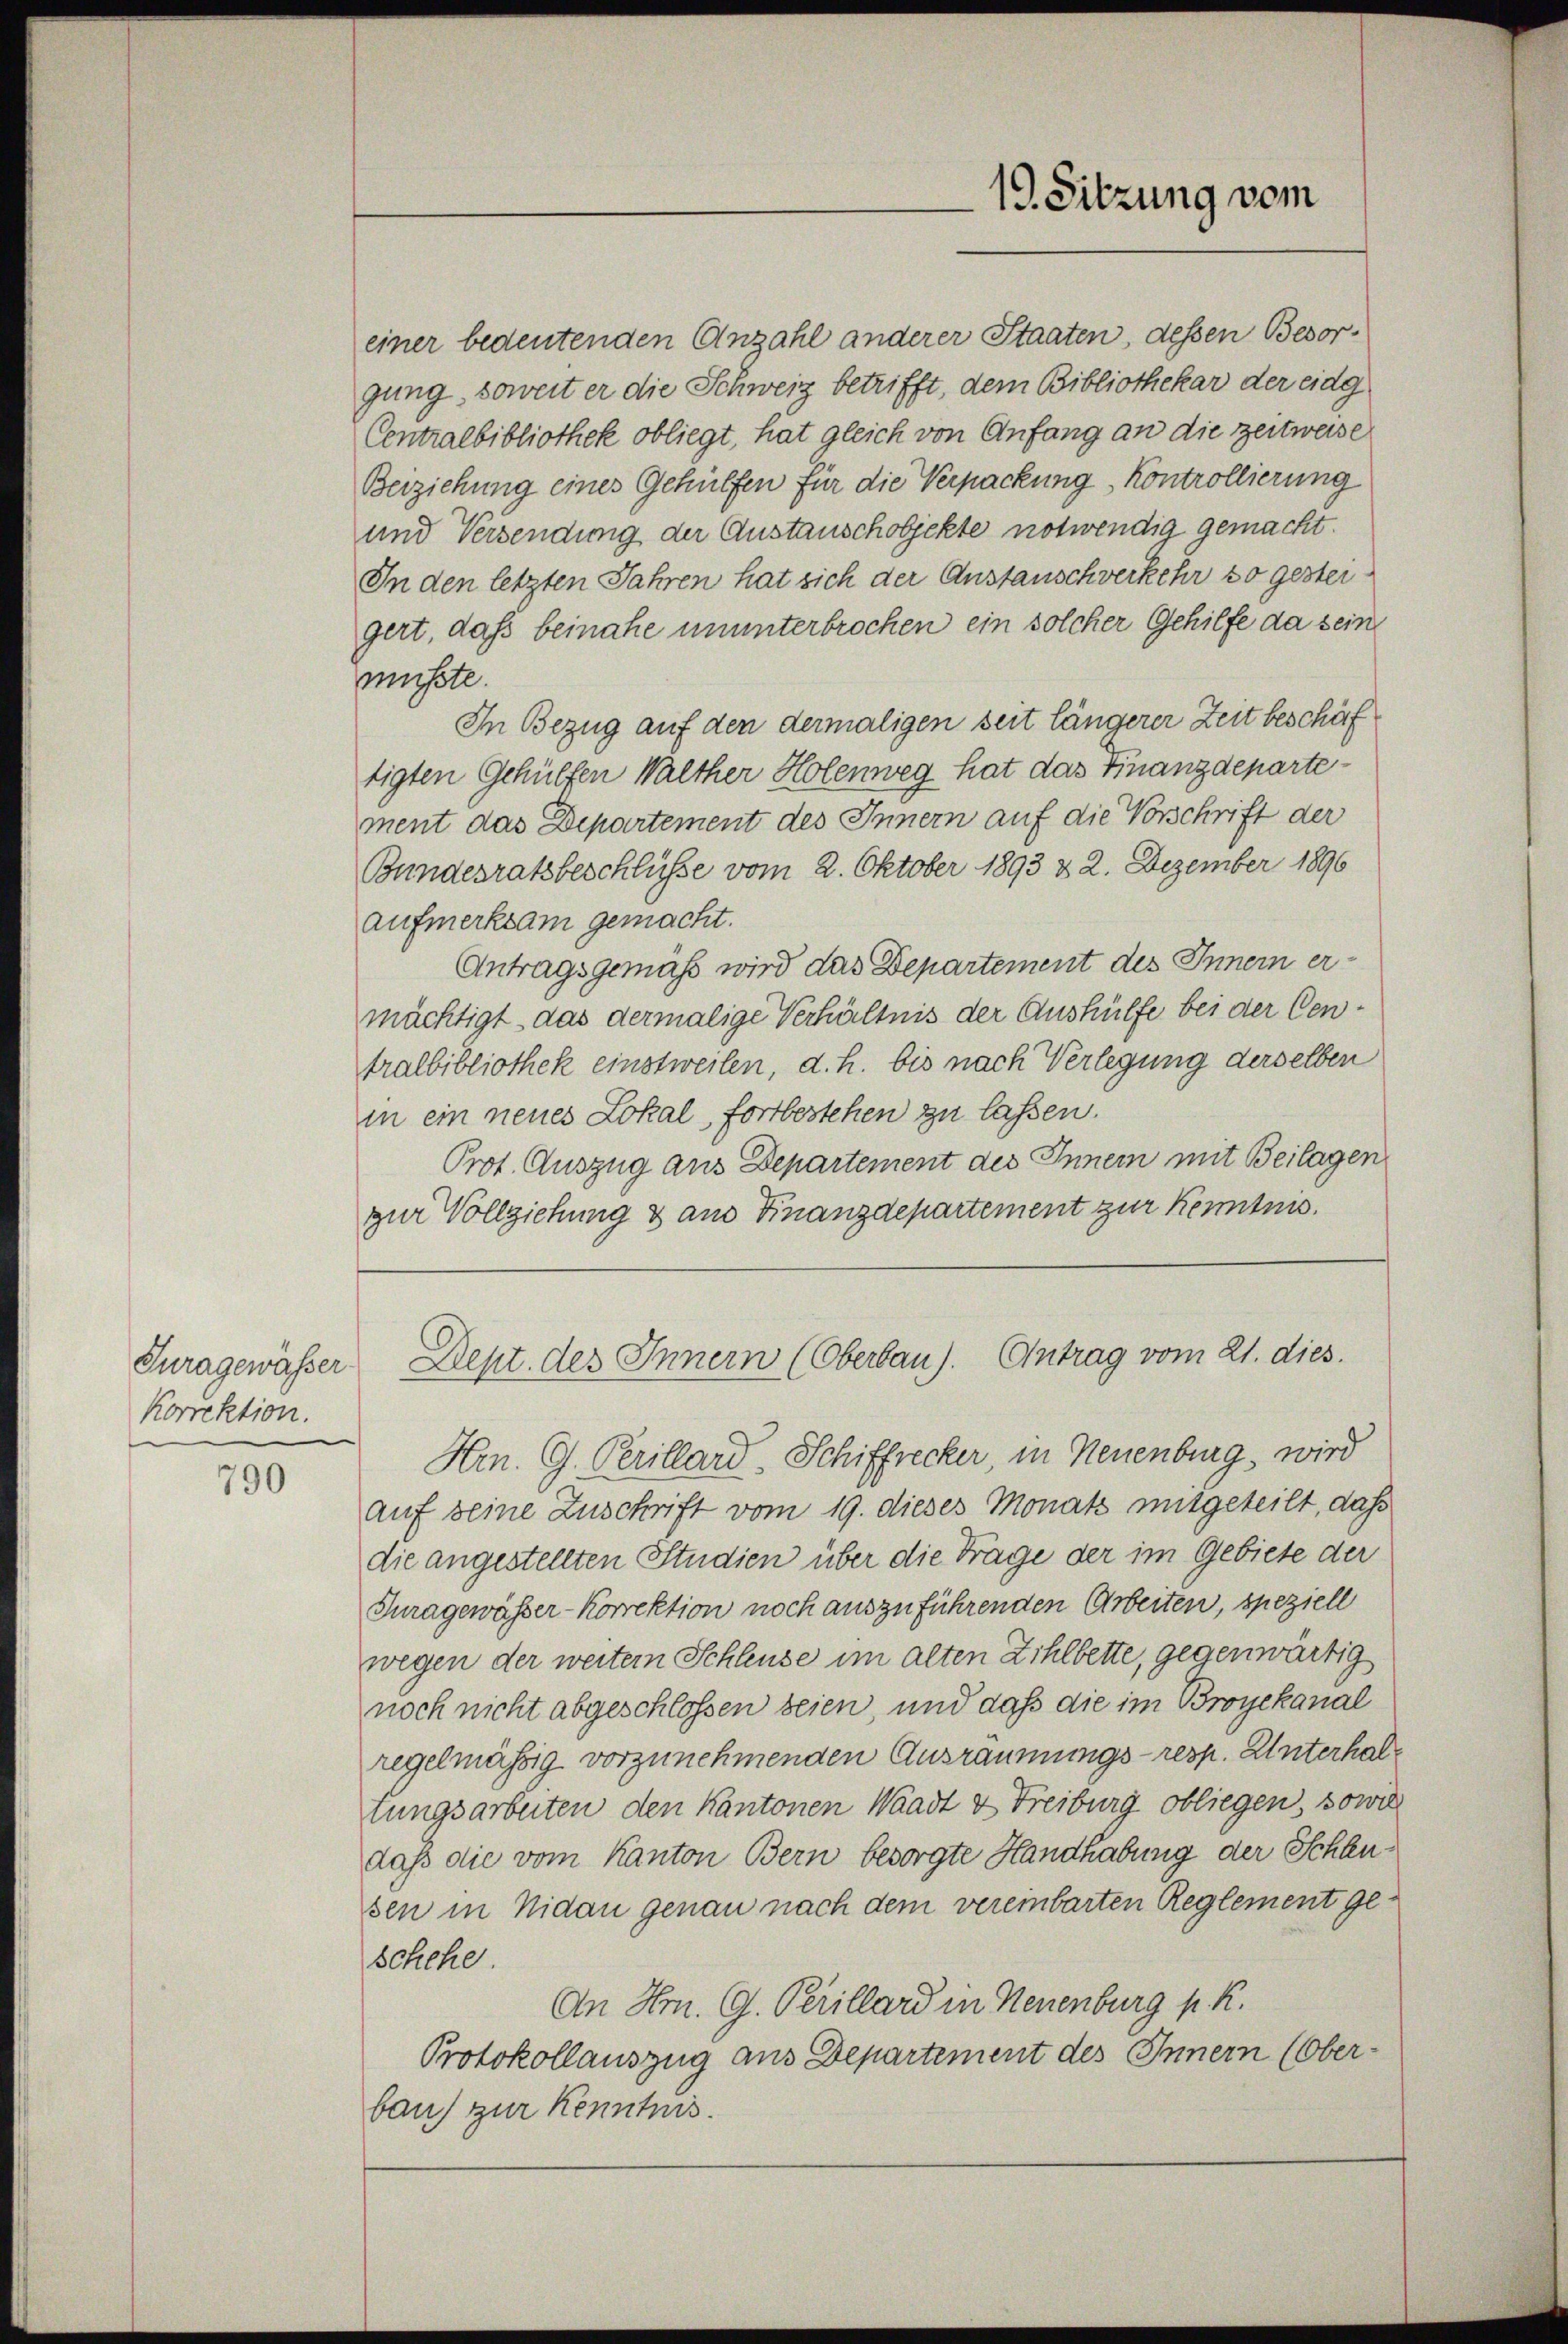
Juragewässer
Korrektion.

790

19. Sitzung vom

einer bedeutenden Anzahl anderer Staaten, dessen Besorgung, soweit er die Schweiz betrifft, dem Bibliothekar der eidg
Centralbibliothek obliegt, hat gleich von Anfang an die zeitweise
Beiziehung eines Gehülfen für die Verpackung kontrollierung
und Versendung der Austauschobjekte notwendig gemacht.
In den letzten Jahren hat sich der Anstauschverkehr so gestergert, daß beinahe ununterbrochen ein solcher Gehilfe da seine
müsste.
In Bezug auf den dermaligen seit längerer Zeit beschäf
tigten Gehülfen Walther Holenweg hat das Finanzdepartement das Departement des Innern auf die Vorschrift der
Bundesratsbeschlüsse vom 2. Oktober 1893 & 2. Dezember 1896
aufmerksam gemacht.
Antragsgemäss wird das Departement des Innern er-
mächtigt, das dermalige Verhältnis der Aushülfe bei der Centralbibliothek einstweilen, d. h. bis nach Verlegung derselben
in ein neues Lokal, fortbestehen zu lassen.
Prot. Auszug aus Departement des Innem mit Beilagen
zur Vollziehung & aus Finanzdepartement zur Kenntnis.
Dept. des Innern (Oberbau). Antrag vom 21. dies.
Hrn. G. Perillard, Schiffrecker, in Neuenburg, wird
auf seine Zuschrift vom 19. dieses Monats mitgeteilt, daß
die angestellten Studien über die Frage der im Gebiete der
Turagewässer-Korrektion noch auszuführenden Arbeiten, speziell
wegen der weiter Schleuse im alten Zihlbette, gegenwärtig
noch nicht abgeschlossen seien, und daß die im Broyekanal
regelmässig vorzunehmenden Ausräumungs- resp. Unterhaltungsarbeiten den Kantonen Waadt & Freiburg obliegen, sowie
daß die vom Kanton Bern besorgte Handhabung der Schleusen in Nidau genau nach dem vereinbarten Reglement geschehe.
An Hrn. G. Perillard in Neuenburg p. R.
Protokollauszug aus Departement des Innern (Ober-
bau) zur Kenntnis.